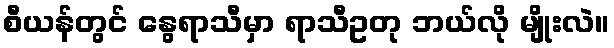
စီယန်တွင် နွေရာသီမှာ ရာသီဥတု ဘယ်လို မျိုးလဲ။